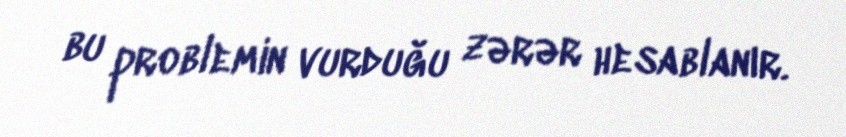
bu problemin vurduğu zərər hesablanır.